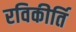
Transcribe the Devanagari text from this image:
रविकीर्ति